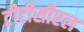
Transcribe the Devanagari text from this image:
टीटीसीएल